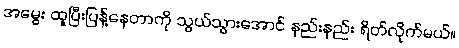
အမွေး ထူပြီးပြန့်နေတာကို သွယ်သွားအောင် နည်းနည်း ရိတ်လိုက်မယ်။